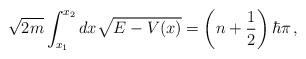
LaTeX: \begin{align*}\sqrt{2m} \int^{x_2}_{x_1} dx \sqrt{E - V(x)} =\left(n + \frac{1}{2}\right)\hbar\pi\,,\end{align*}